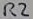
Text: R2